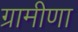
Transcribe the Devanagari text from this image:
ग्रामीणा